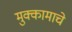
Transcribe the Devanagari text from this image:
मुक्कामाचे